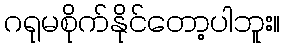
ဂရုမစိုက်နိုင်တော့ပါဘူး။